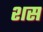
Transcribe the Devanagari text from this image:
शस